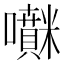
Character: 𡅊